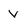
Character: v